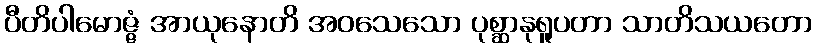
ပီတိပါမောဇ္ဇံ အာယုနောတိ အဝသေသော ပုစ္ဆာနုရူပတာ သာတိသယတော